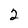
Character: 2